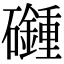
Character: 𥗦